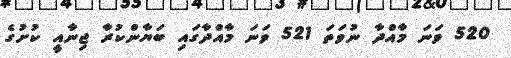
520 ވަނަ މާއްދާ ނުވަތަ 521 ވަނަ މާއްދާގައި ބަޔާންކުރާ ޖިނާއީ ކުށުގެ